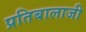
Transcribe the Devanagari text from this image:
प्रतिबालाजी